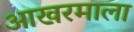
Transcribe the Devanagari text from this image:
आखरमाला